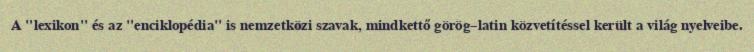
A "lexikon" és az "enciklopédia" is nemzetközi szavak, mindkettő görög–latin közvetítéssel került a világ nyelveibe.